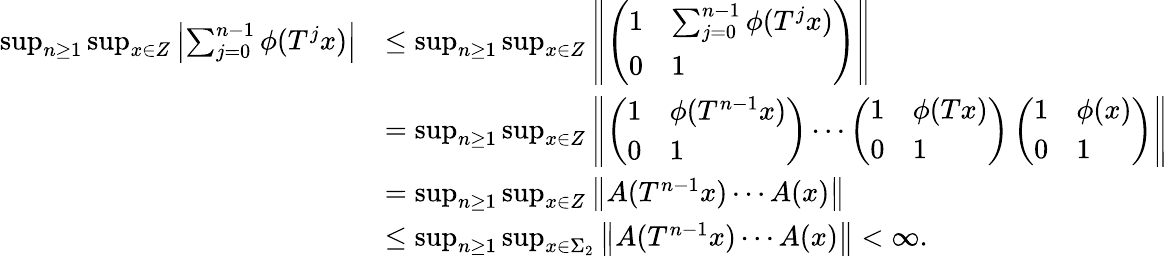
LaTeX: \begin{array}{rl}{\operatorname*{sup}_{n\geq 1}\operatorname*{sup}_{x\in Z}\left|\sum_{j=0}^{n-1}\phi(T^{j}x)\right|}&{\leq\operatorname*{sup}_{n\geq 1}\operatorname*{sup}_{x\in Z}\left\| \left(\begin{array}{ll}{1}&{\sum_{j=0}^{n-1}\phi(T^{j}x)}\\ {0}&{1}\end{array}\right)\right\| }\\ &{=\operatorname*{sup}_{n\geq 1}\operatorname*{sup}_{x\in Z}\left\| \left(\begin{array}{ll}{1}&{\phi(T^{n-1}x)}\\ {0}&{1}\end{array}\right)\cdots\left(\begin{array}{ll}{1}&{\phi(Tx)}\\ {0}&{1}\end{array}\right)\left(\begin{array}{ll}{1}&{\phi(x)}\\ {0}&{1}\end{array}\right)\right\| }\\ &{=\operatorname*{sup}_{n\geq 1}\operatorname*{sup}_{x\in Z}\left\| A(T^{n-1}x)\cdots A(x)\right\| }\\ &{\leq\operatorname*{sup}_{n\geq 1}\operatorname*{sup}_{x\in\Sigma_{2}}\left\| A(T^{n-1}x)\cdots A(x)\right\| <\infty.}\end{array}